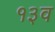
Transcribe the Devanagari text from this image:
१३व